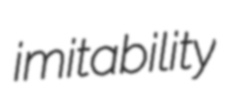
imitability